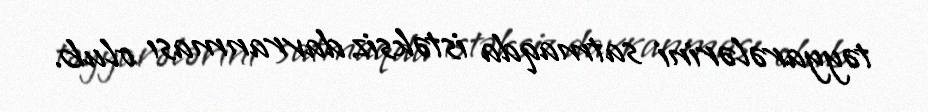
təyyarələrini satmaqda istəksiz davranması olub.